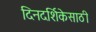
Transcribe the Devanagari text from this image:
दिनदर्शिकेसाठी